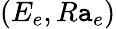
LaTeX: (E_{e},R\mathtt{a}_{e})